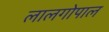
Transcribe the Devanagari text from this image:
लालगोपाल